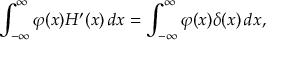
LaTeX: \int _ { - \infty } ^ { \infty } \varphi ( x ) H ^ { \prime } ( x ) \, d x = \int _ { - \infty } ^ { \infty } \varphi ( x ) \delta ( x ) \, d x ,